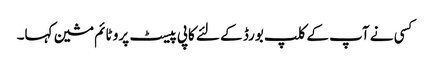
کسی نے آپ کے کلپ بورڈ کے لئے کاپی پیسٹ پرو ٹائم مشین کہا۔